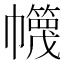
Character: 𢅵